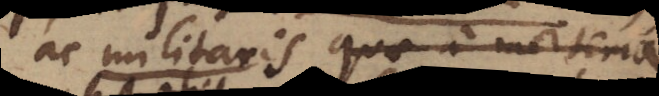
ac militaris quae a materia